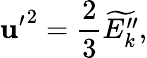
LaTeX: {\mathbf{u}^{\prime}}^{2}=\frac{{2}}{{3}}\widetilde{{E_{k}^{\prime\prime}}},